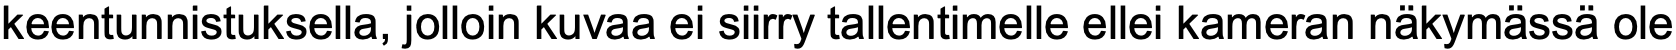
keentunnistuksella, jolloin kuvaa ei siirry tallentimelle ellei kameran näkymässä ole